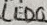
Text: LED0